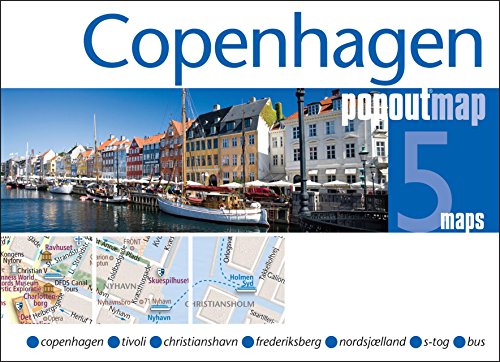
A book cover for Copenhagen PopOut Map (PopOut Maps); Popout Maps; Travel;